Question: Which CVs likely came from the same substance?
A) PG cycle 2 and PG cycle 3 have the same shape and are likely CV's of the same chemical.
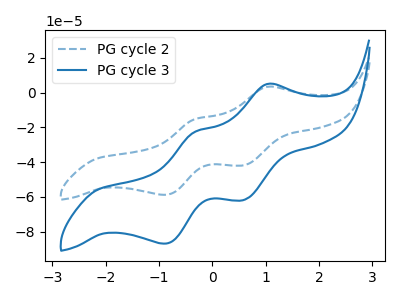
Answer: <think>The blue dashed curve "PG cycle 2" has anodic peaks at (1.05V, 3.35uA) (-0.35V, -15.30uA) and cathodic peaks at (0.60V, -41.75uA) (-0.90V, -58.75uA). The blue curve "PG cycle 3" has anodic peaks at (1.05V, 4.95uA) (-0.35V, -22.60uA) and cathodic peaks at (0.60V, -61.70uA) (-0.90V, -86.80uA).
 All the peaks in "PG cycle 2" have a peak in "PG cycle 3" at the same potential.</think>
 <answer>A) "PG cycle 2" and "PG cycle 3" have the same shape and are likely CV's of the same chemical.</answer>
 <eval>A</eval>